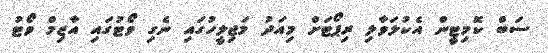
ސަބް ކޮމިޓީން އެކުލަވާލި ރިޕޯޓަށް މިއަދު މަޖިލީހުގައި ނެގި ވޯޓުގައި އާޒިމް ވޯޓު